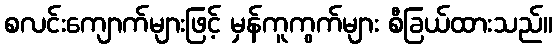
စလင်းကျောက်များဖြင့် မှန်ကူကွက်များ စီခြယ်ထားသည်။